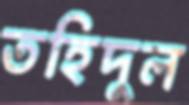
তহিদুল